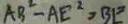
A B ^ { 2 } - A E ^ { 2 } = B E